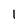
Character: 1